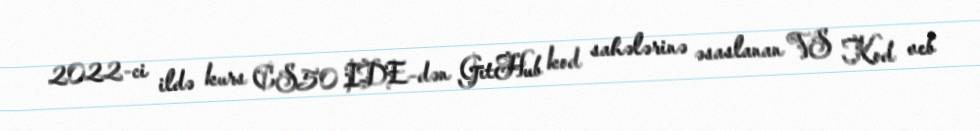
2022-ci ildə kurs CS50 IDE-dən GitHub kod sahələrinə əsaslanan VS Kod veb